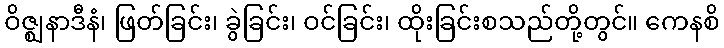
ဝိဇ္ဈနာဒီနံ၊ ဖြတ်ခြင်း၊ ခွဲခြင်း၊ ဝင်ခြင်း၊ ထိုးခြင်းစသည်တို့တွင်။ ကေနစိ